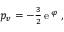
\begin{array} { r } { p _ { v } = - \frac { 3 } { 2 } { \, \mathrm e } \, ^ { \varphi } \ , } \end{array}